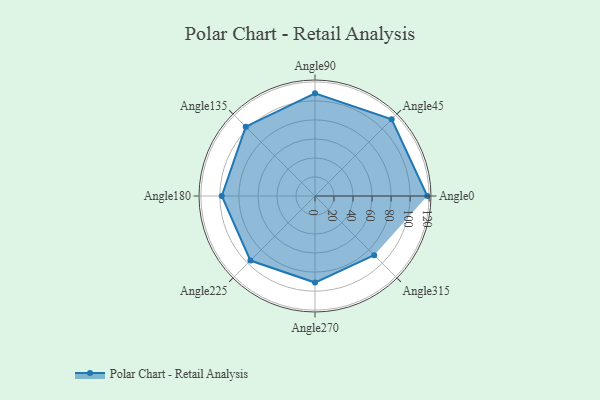
{"axis": {"x": "Angle", "y": "Radius"}, "legend": [""], "data": [{"x": "Angle0", "y": 118.0, "type": ""}, {"x": "Angle45", "y": 114.0, "type": ""}, {"x": "Angle90", "y": 108.0, "type": ""}, {"x": "Angle135", "y": 103.0, "type": ""}, {"x": "Angle180", "y": 98.0, "type": ""}, {"x": "Angle225", "y": 96.0, "type": ""}, {"x": "Angle270", "y": 91.0, "type": ""}, {"x": "Angle315", "y": 88.0, "type": ""}]}